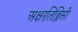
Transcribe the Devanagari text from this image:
अक्षरतिब्लिसी